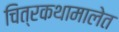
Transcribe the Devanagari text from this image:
चित्रकथामालेत